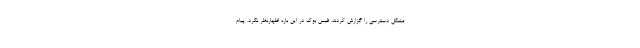
مشکل دسترسی را گزارش کردند. فیس بوک در این باره اظهارنظر نکرد. پیام